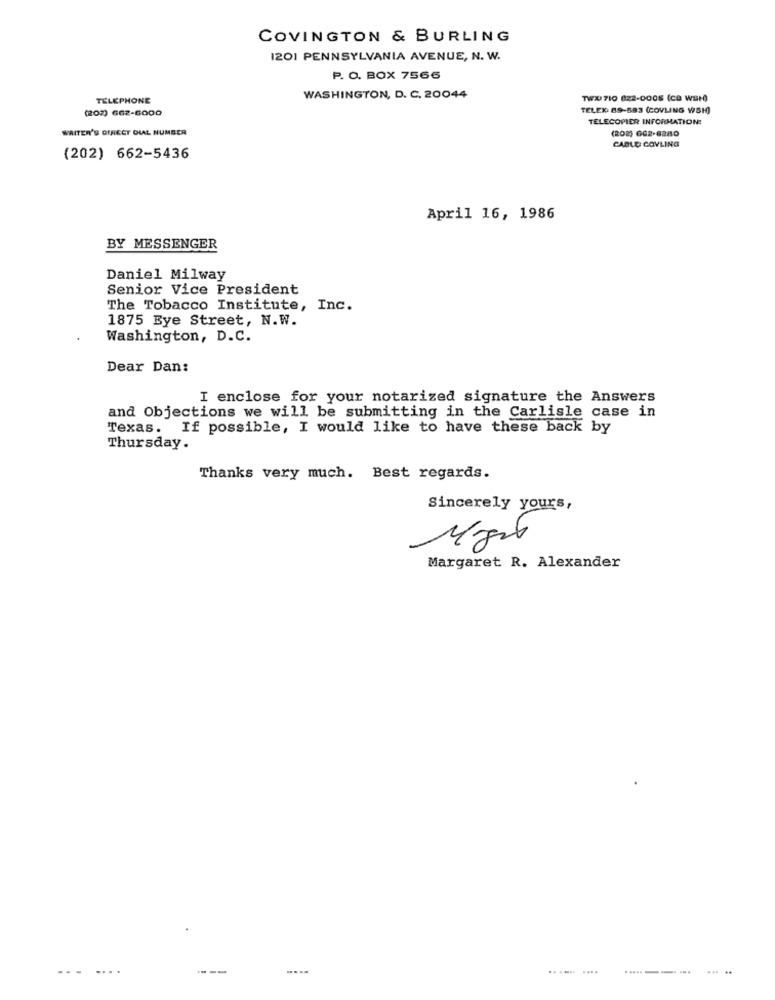
COVINGTON & BURLING
I201 PENNSYLVANIA AVENUE, N. W.
P. O. BOX 7566
TELEPHONE
WASHINGTON, D. C. 20044
TWO 710 822-0005 (CB WEH)
(202) 662-6000
TELEX 69-583 (COVLING WSH)
TELECOPIER INFORMATION:
WRITER'S DIRECT DIAL NUMBER
(202) GE2-6280
CABLE COVLING
(202) 662-5436
April 16, 1986
BY MESSENGER
Daniel Milway
Senior Vice President
The Tobacco Institute, Inc.
1875 Bye Street, N.W.
Washington, D.C.
Dear Dan:
I enclose for your notarized signature the Answers
and Objections we will be submitting in the Carlisle case in
Texas. If possible, I would like to have these back by
Thursday.
Thanks very much. Best regards.
Sincerely yours,
Margaret R. Alexander
.......
---
.....
...... ....
---